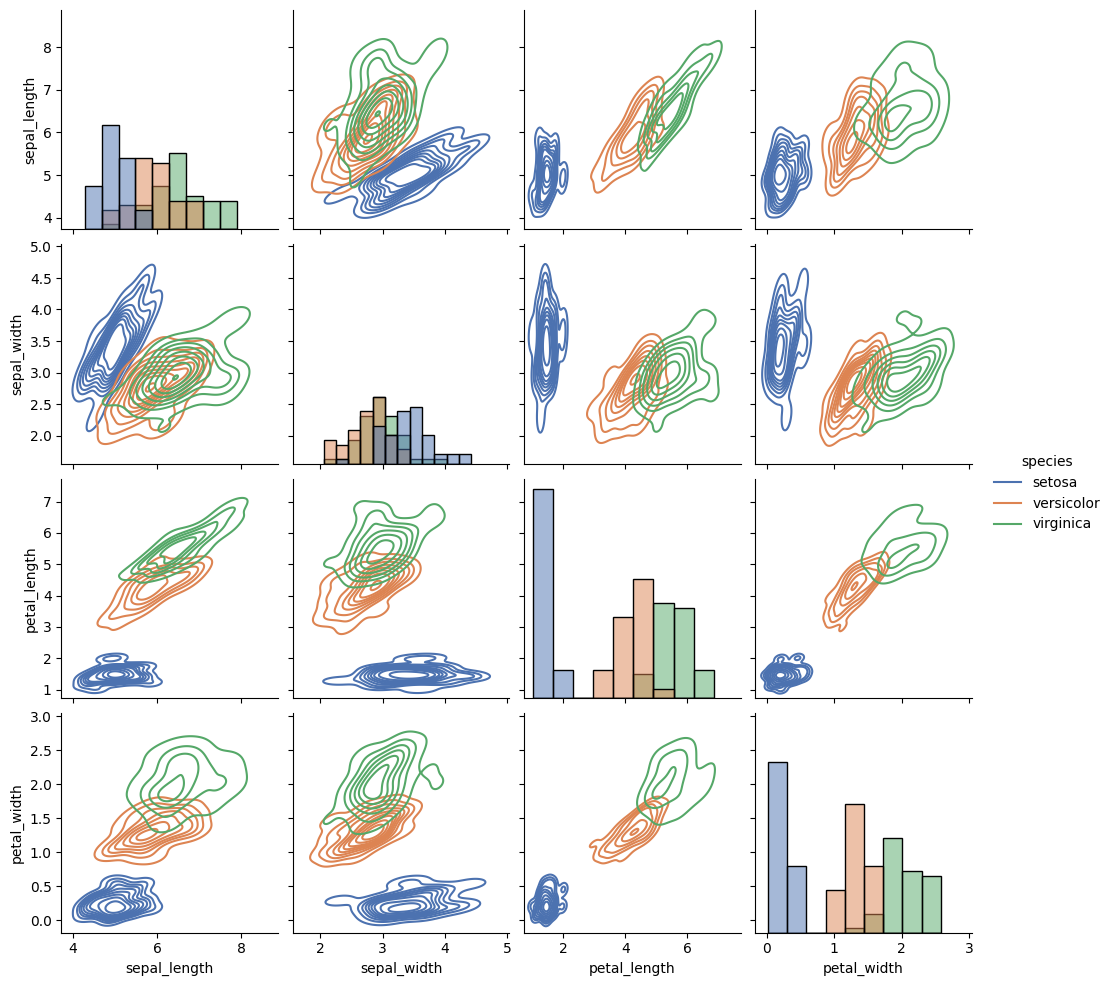
python, seaborn, pairplot, palette='deep', markers=['o'], kind='kde', diag_kind='hist'